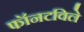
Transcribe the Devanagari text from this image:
फॉनटविले